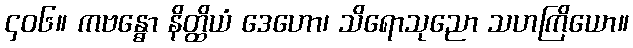
၄၀၆။ ကဗန္ဓော နိတ္ထိယံ ဒေဟော၊ သိရောသုညော သဟကြိယော။